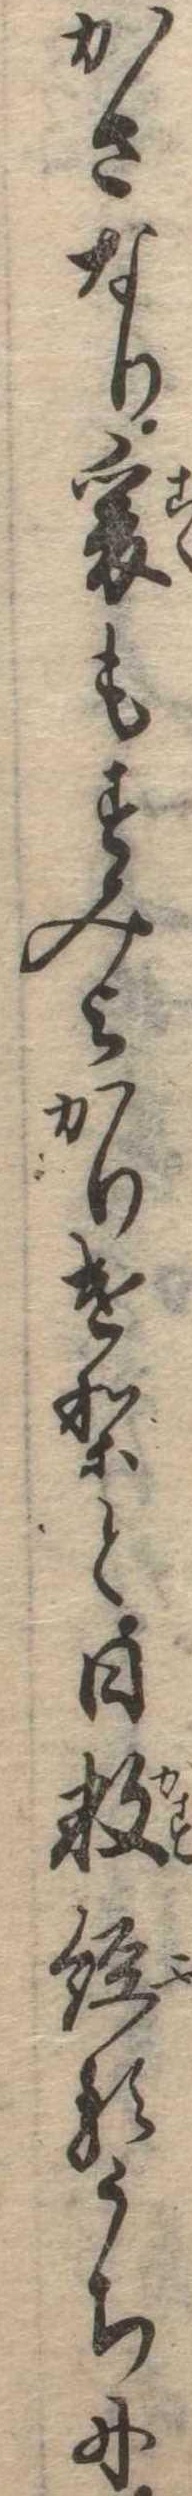
かさなり爰もすみよかりけりと日数経るうちに